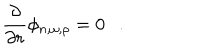
LaTeX: { \frac { \partial } { \partial r } } \phi _ { n , \omega , \rho } = 0 .